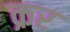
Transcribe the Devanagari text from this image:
क्रर